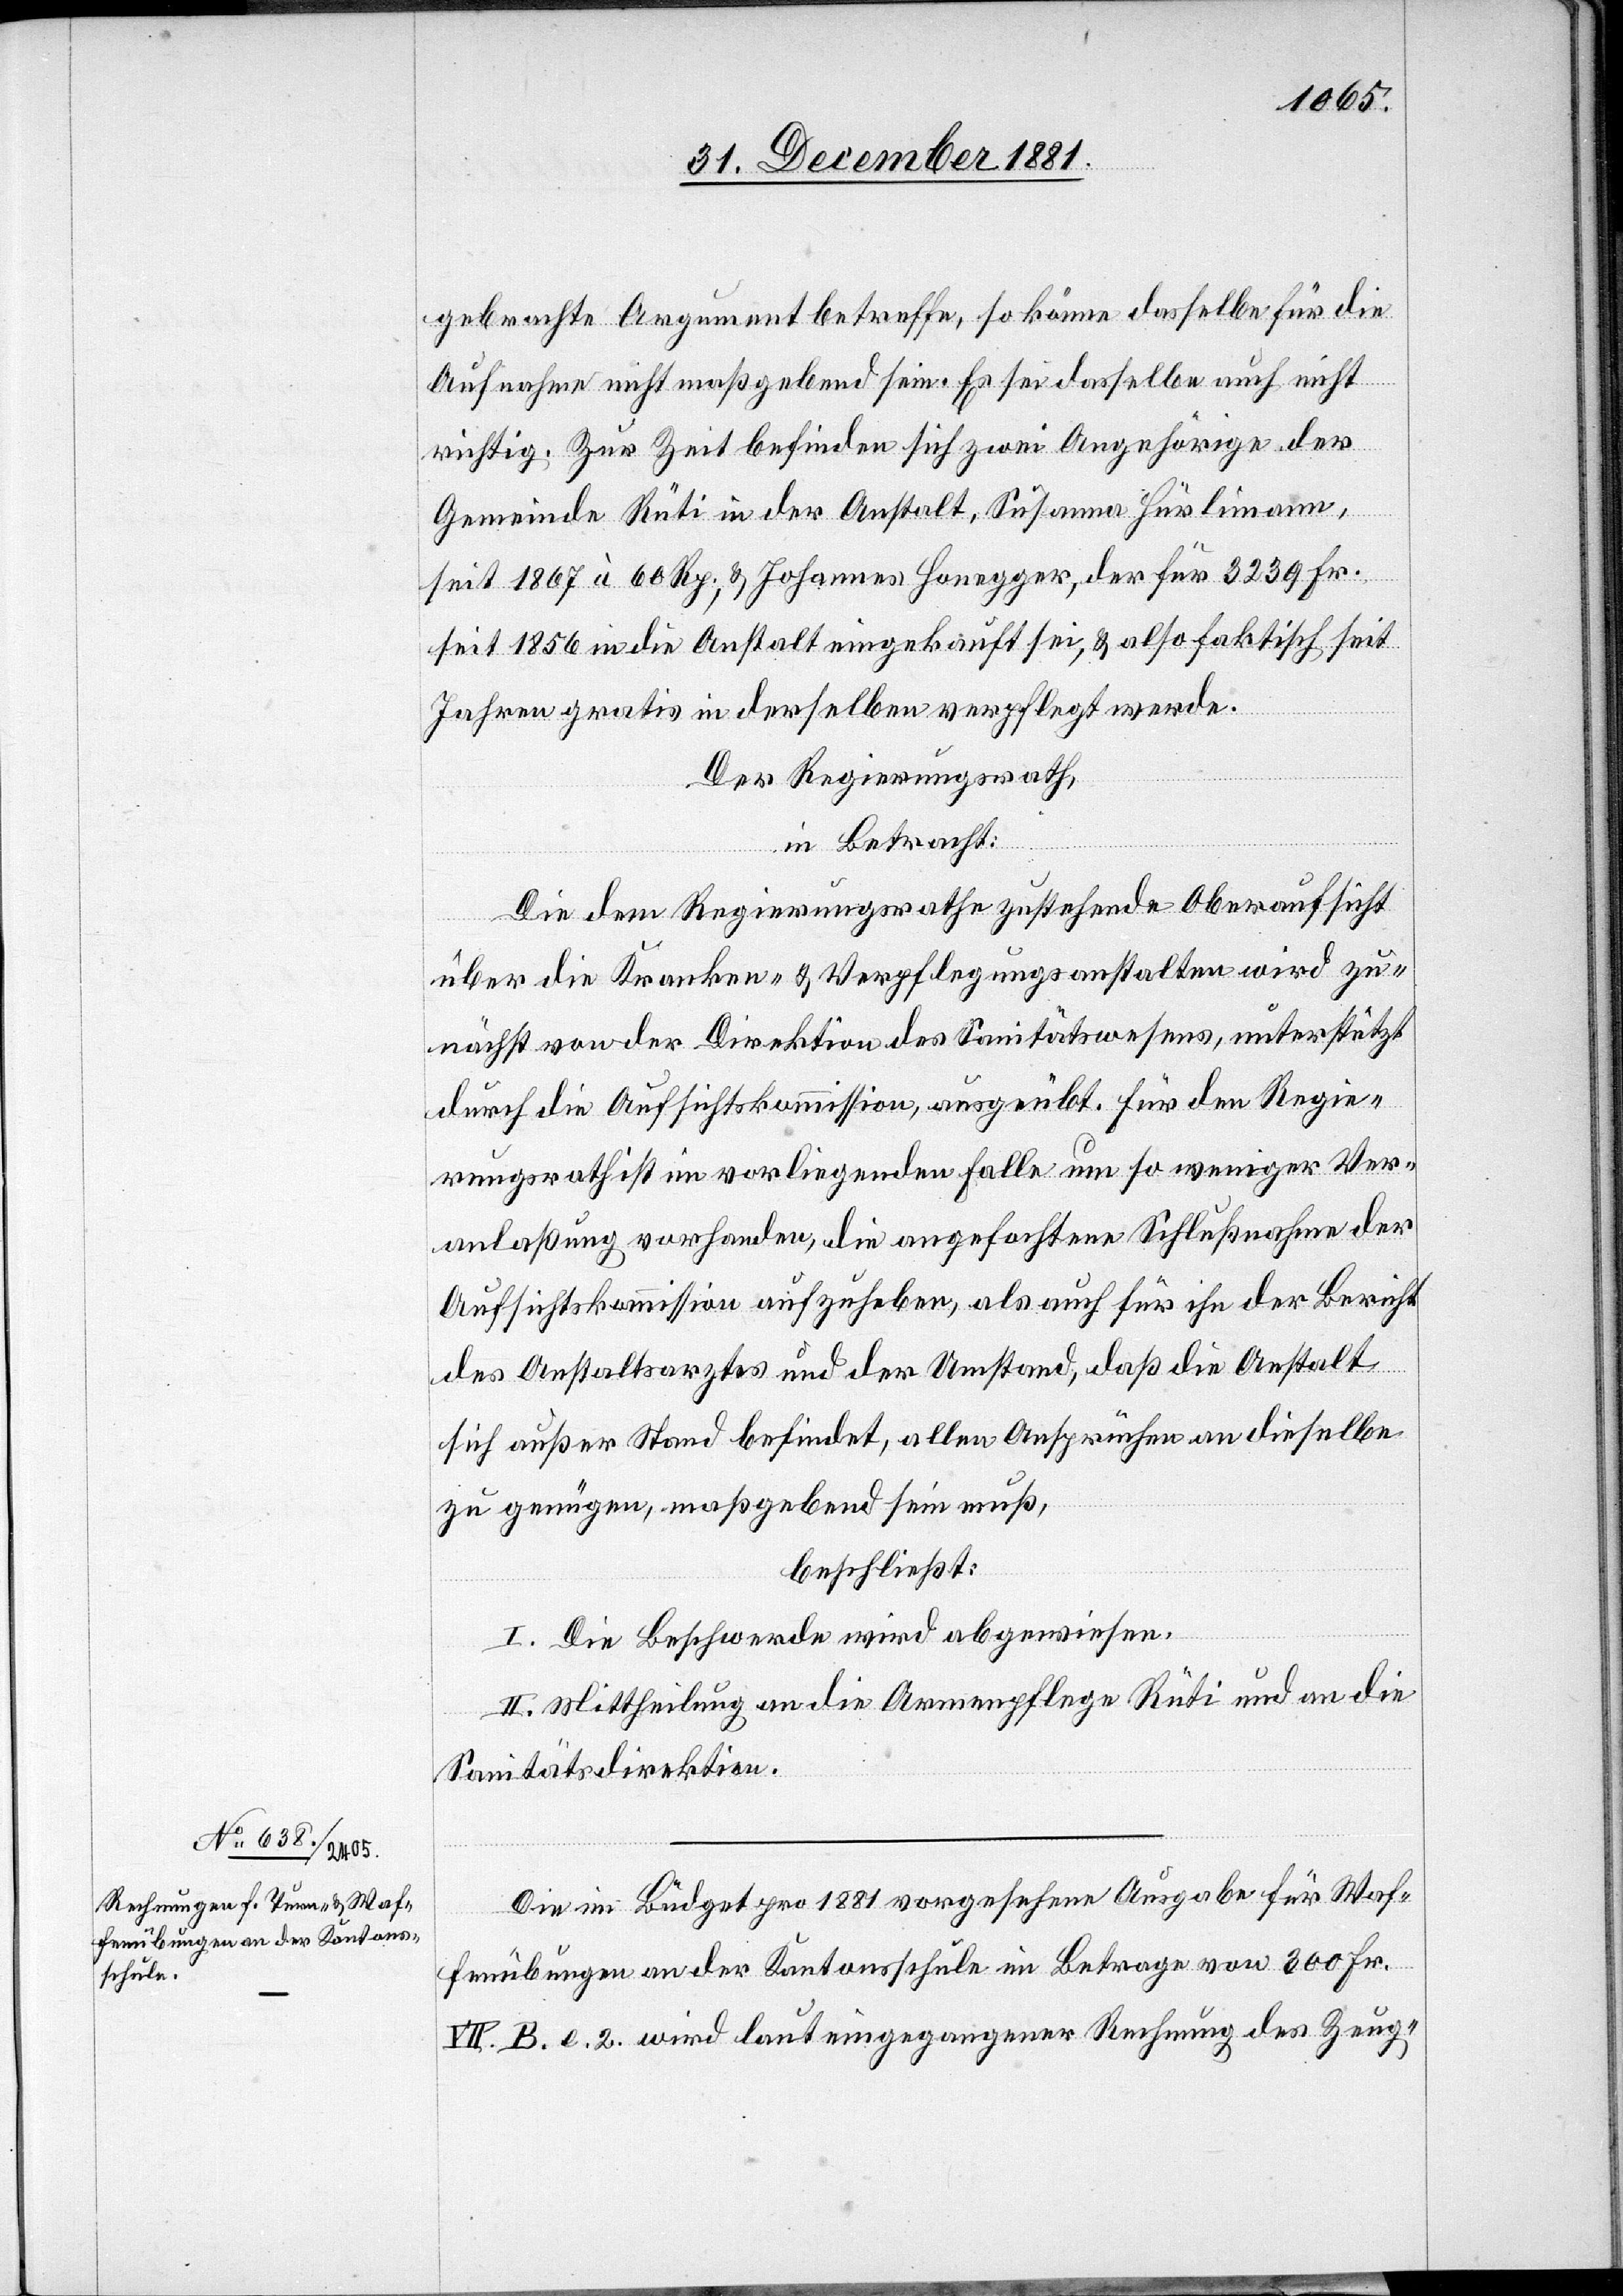
gebrachte Argument betreffe, so könne dasselbe für die
Aufnahme nicht maßgebend sein. Es sei dasselbe auch nicht
richtig. Zur Zeit befinden sich zwei Angehörige der
Gemeinde Rüti in der Anstalt, Susanna Hürlimann,
seit 1867 à 60 Rp., & Johannes Honegger, der für 3239 Fr.
seit 1856 in die Anstalt eingekauft sei, & also faktisch seit
Jahren gratis in derselben verpflegt werde.
Der Regierungsrath,
in Betracht:
Die dem Regierungsrathe zustehende Oberaufsicht
über die Kranken- & Verpflegungsanstalten wird zu¬
nächst von der Direktion des Sanitätswesens, unterstützt
durch die Aufsichtskommission, ausgeübt. Für den Regie¬
rungsrath ist im vorliegenden Falle um so weniger Ver¬
anlaßung vorhanden, die angefochtene Schlußnahme der
Aufsichtskommission aufzuheben, als auch für ihn der Bericht
des Anstaltsarztes und der Umstand, daß die Anstalt
sich außer Stand befindet, allen Ansprüchen an dieselbe
zu genügen, maßgebend sein muß,
beschließt:
I. Die Beschwerde wird abgewiesen.
II. Mittheilung an die Armenpflege Rüti und an die
Sanitätsdirektion.
Die im Büdget pro 1881 vorgesehene Ausgabe für Waf¬
fenübungen an der Kantonsschule im Betrage von 300 Fr.
VII. B. l. 2. wird laut eingegangener Rechnung des Zeug-